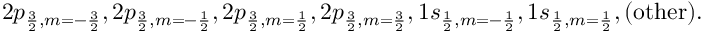
2 p _ { \frac { 3 } { 2 } , m = - \frac { 3 } { 2 } } , 2 p _ { \frac { 3 } { 2 } , m = - \frac { 1 } { 2 } } , 2 p _ { \frac { 3 } { 2 } , m = \frac { 1 } { 2 } } , 2 p _ { \frac { 3 } { 2 } , m = \frac { 3 } { 2 } } , 1 s _ { \frac { 1 } { 2 } , m = - \frac { 1 } { 2 } } , 1 s _ { \frac { 1 } { 2 } , m = \frac { 1 } { 2 } } , ( \mathrm { o t h e r } ) .